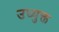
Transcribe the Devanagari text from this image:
उध्युक्त